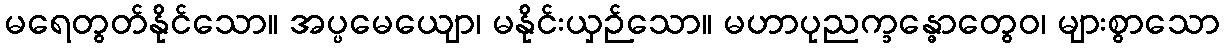
မရေတွတ်နိုင်သော။ အပ္ပမေယျော၊ မနိုင်းယှဉ်သော။ မဟာပုညက္ခန္ဓောတွေဝ၊ များစွာသော